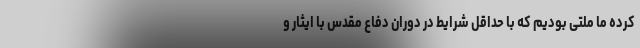
کرده ما ملتی بودیم که با حداقل شرایط در دوران دفاع مقدس با ایثار و